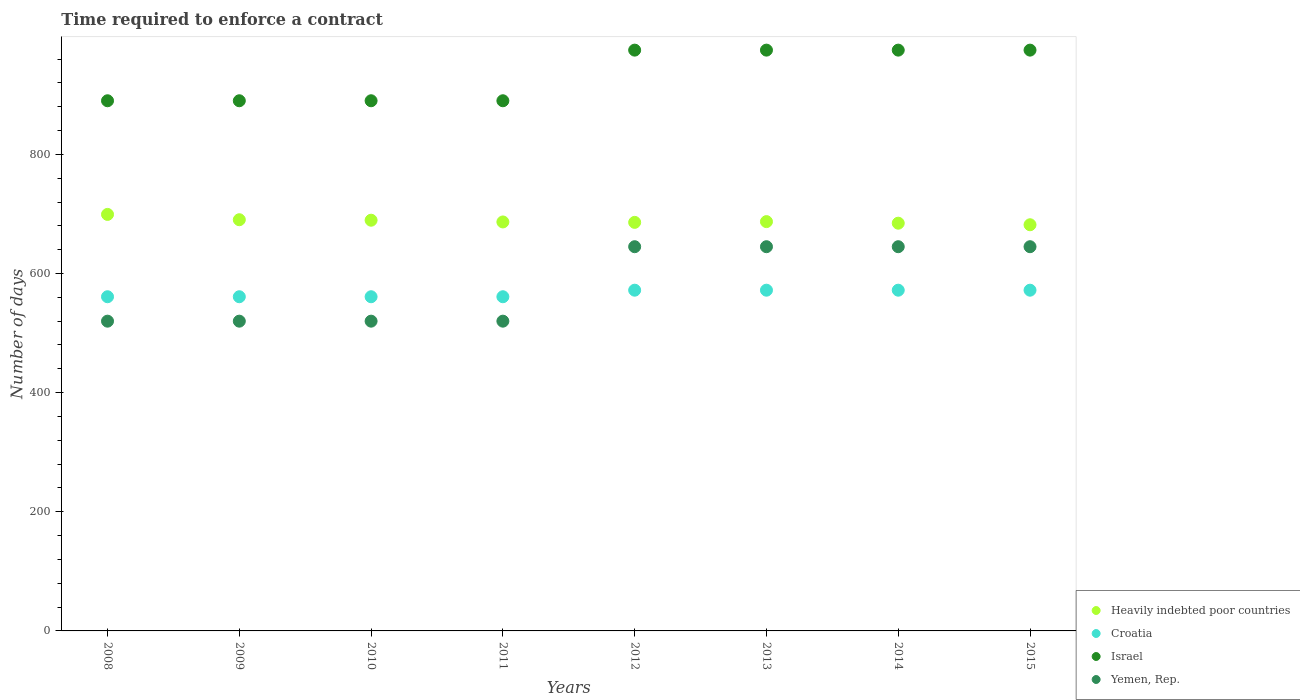
| Years | Heavily indebted poor countries | Croatia | Israel | Yemen, Rep. |
 | --- | --- | --- | --- | --- |
 | 2008 | 699 | 561 | 890 | 520 |
 | 2009 | 690 | 561 | 890 | 520 |
 | 2010 | 689 | 561 | 890 | 520 |
 | 2011 | 687 | 561 | 890 | 520 |
 | 2012 | 686 | 572 | 975 | 645 |
 | 2013 | 687 | 572 | 975 | 645 |
 | 2014 | 684 | 572 | 975 | 645 |
 | 2015 | 682 | 572 | 975 | 645 |